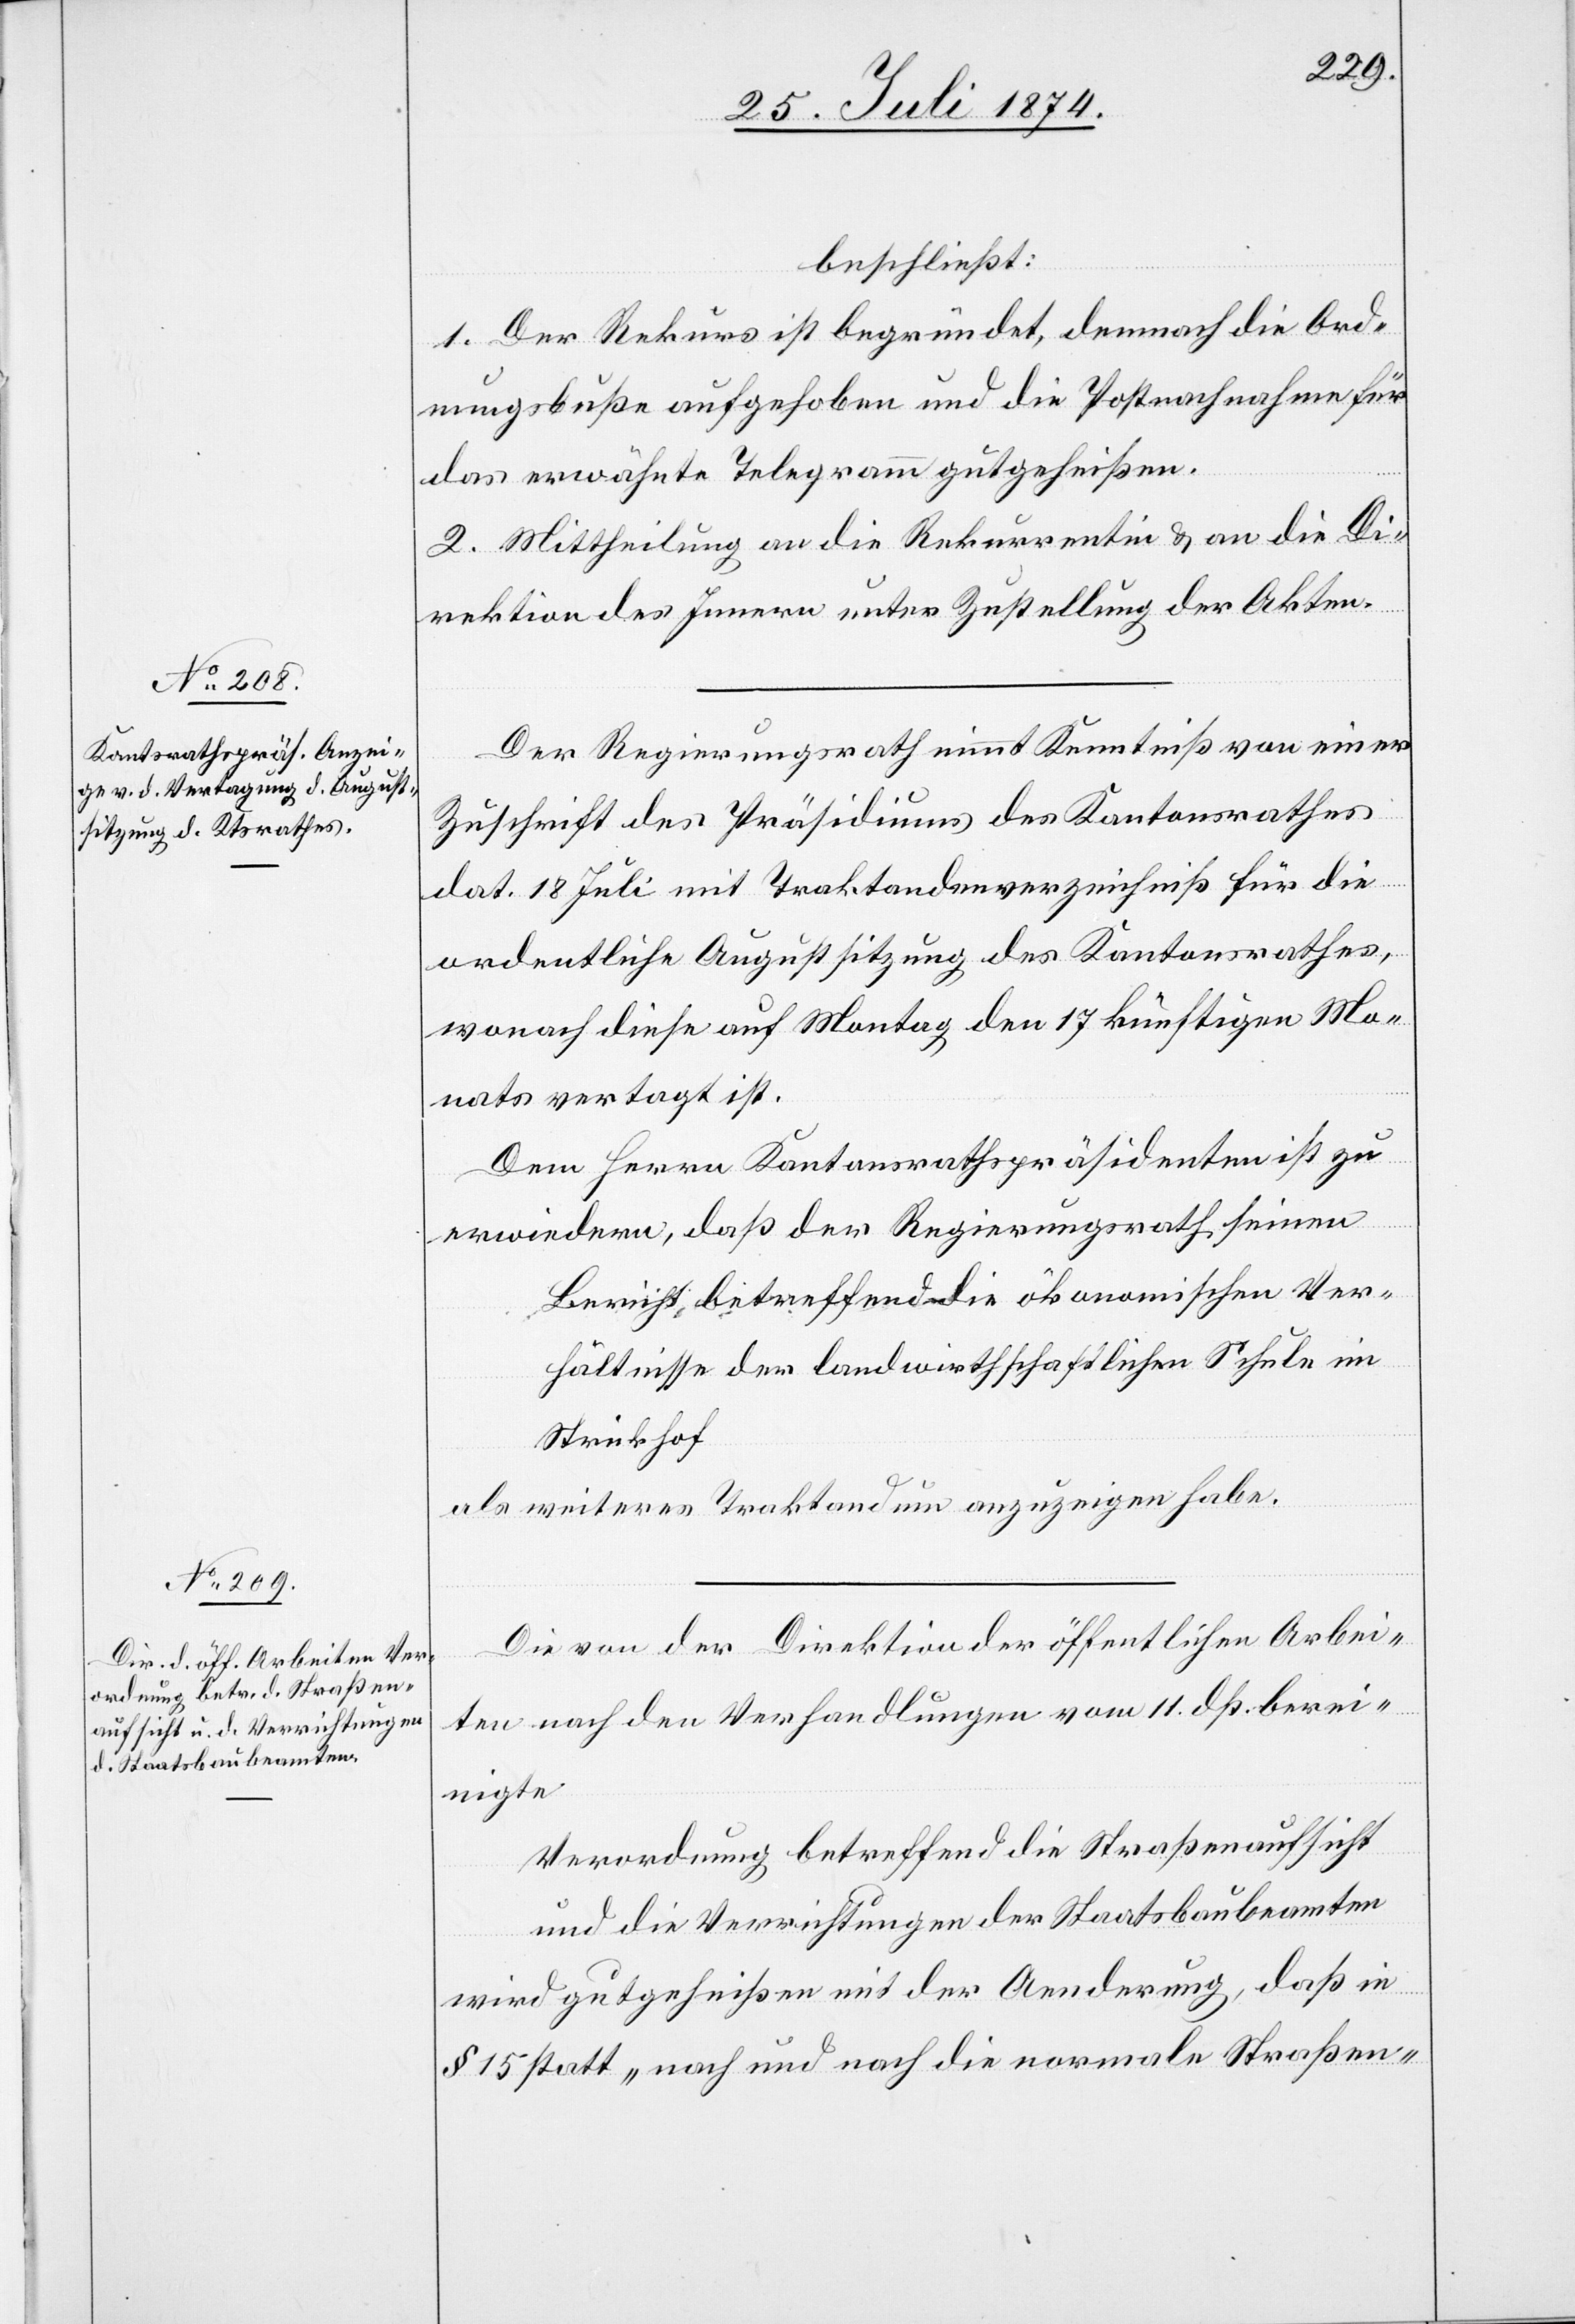
beschließt:
1. Der Rekurs ist begründet, demnach die Ord¬
nungsbuße aufgehoben und die Postnachnahme für
das erwähnte Telegramm gutgeheißen.
2. Mittheilung an die Rekurrentin u. an die Di¬
rektion des Innern unter Zustellung der Akten.
Der Regierungsrath nimmt Kenntniß von einer
Zuschrift des Präsidiums des Kantonsrathes
dat. 18. Juli mit Traktandenverzeichniß für die
ordentliche Augustsitzung des Kantonsrathes,
wonach diese auf Montag den 17. künftigen Mo¬
nats vertagt ist.
Dem Herrn Kantonsrathspräsidenten ist zu
erwiedern, daß der Regierungsrath seinen
Bericht betreffend die ökonomischen Ver¬
hältnisse der landwirthschaftlichen Schule im
Strickhof
als weiteres Traktandum anzuzeigen habe.
Die von der Direktion der öffentlichen Arbei¬
ten nach den Verhandlungen vom 11. dß. berei¬
nigte
Verordnung betreffend die Straßenaufsicht
und die Verrichtungen der Staatsbaubeamten
wird gutgeheißen mit der Aenderung, daß in
§ 15 statt „nach und nach die normale Straßen-